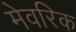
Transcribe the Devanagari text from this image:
मेवरिक